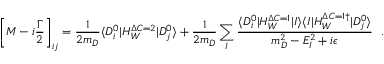
\left[ M - i \frac { \Gamma } { 2 } \right] _ { i j } = \frac { 1 } { 2 m _ { D } } \langle D _ { i } ^ { 0 } | { \cal H } _ { W } ^ { \Delta C = 2 } | D _ { j } ^ { 0 } \rangle + \frac { 1 } { 2 m _ { D } } \sum _ { I } \frac { \langle D _ { i } ^ { 0 } | { \cal H } _ { W } ^ { \Delta C = 1 } | I \rangle \langle I | { \cal H } _ { W } ^ { \Delta C = 1 \dagger } | D _ { j } ^ { 0 } \rangle } { m _ { D } ^ { 2 } - E _ { I } ^ { 2 } + i \epsilon } \ \ .